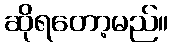
ဆိုရတော့မည်။